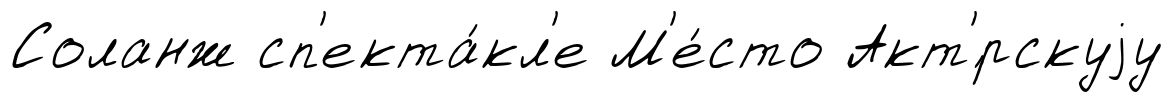
Соланж сп'екта́кл'е М'е́сто Акт'́рскуjу